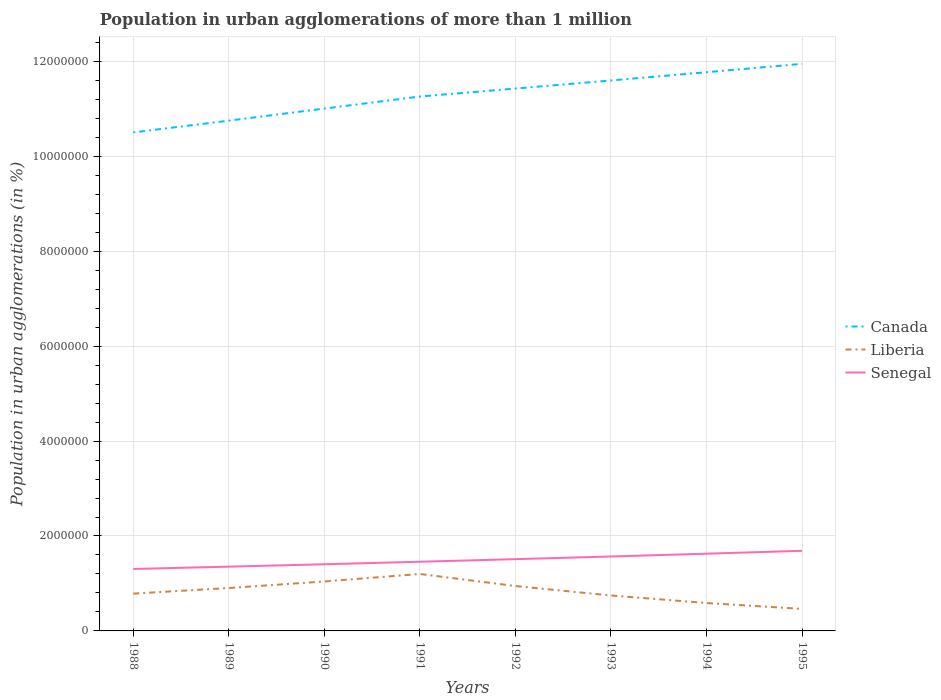
| Years | Canada | Liberia | Senegal |
 | --- | --- | --- | --- |
 | 1988 | 1.05e+07 | 7.86e+05 | 1.31e+06 |
 | 1989 | 1.08e+07 | 9.05e+05 | 1.35e+06 |
 | 1990 | 1.1e+07 | 1.04e+06 | 1.4e+06 |
 | 1991 | 1.13e+07 | 1.2e+06 | 1.46e+06 |
 | 1992 | 1.14e+07 | 9.46e+05 | 1.51e+06 |
 | 1993 | 1.16e+07 | 7.46e+05 | 1.57e+06 |
 | 1994 | 1.18e+07 | 5.88e+05 | 1.63e+06 |
 | 1995 | 1.19e+07 | 4.64e+05 | 1.69e+06 |